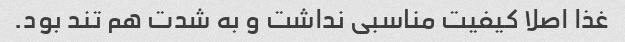
غذا اصلا کیفیت مناسبی نداشت و به شدت هم تند بود.